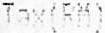
TAX(RM)